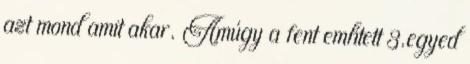
azt mond amit akar. Amúgy a fent említett 3.egyed